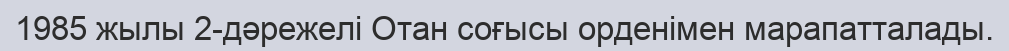
1985 жылы 2-дәрежелі Отан соғысы орденімен марапатталады.